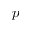
p